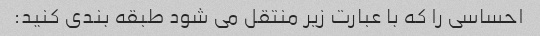
احساسی را که با عبارت زیر منتقل می شود طبقه بندی کنید: